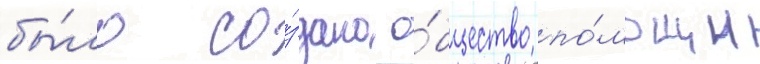
бы́ло со́здано о́бщество по́мощи